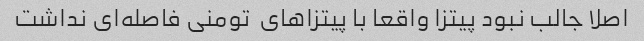
اصلا جالب نبود پیتزا واقعا با پیتزاهای  تومنی فاصله‌ای نداشت